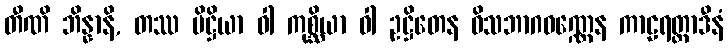
တီဏိ ဘိန္နာနိ, တဿ ပိဋ္ဌိယာ ဝါ ကုစ္ဆိယာ ဝါ ဥဋ္ဌိတေန ဝိသဘာဂဝဏ္ဏေန ကာဠရတ္တာဒီနံ